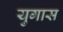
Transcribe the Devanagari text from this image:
युगास